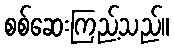
စစ်ဆေးကြည့်သည်။